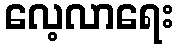
လေ့လာရေး